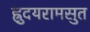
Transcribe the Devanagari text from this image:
ह्रुदयरामसुत